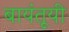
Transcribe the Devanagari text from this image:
बायंतूयी